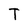
Character: T